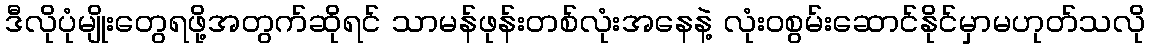
ဒီလိုပုံမျိုးတွေရဖို့အတွက်ဆိုရင် သာမန်ဖုန်းတစ်လုံးအနေနဲ့ လုံးဝစွမ်းဆောင်နိုင်မှာမဟုတ်သလို